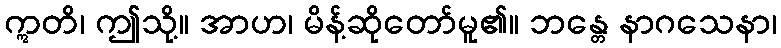
ဣတိ၊ ဤသို့။ အာဟ၊ မိန့်ဆိုတော်မူ၏။ ဘန္တေ နာဂသေနာ၊